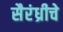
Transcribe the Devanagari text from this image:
सैरंध्रीचे